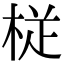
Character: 𭪒